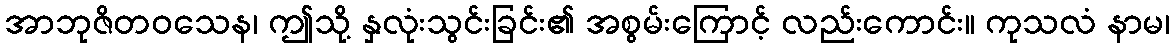
အာဘုဇိတဝသေန၊ ဤသို့ နှလုံးသွင်းခြင်း၏ အစွမ်းကြောင့် လည်းကောင်း။ ကုသလံ နာမ၊